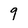
Character: 9